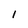
Character: 1